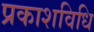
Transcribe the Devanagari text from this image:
प्रकाशविधि